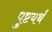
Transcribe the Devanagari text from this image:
पुष्टयर्थं